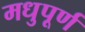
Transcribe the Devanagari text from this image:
मधुपूर्ण